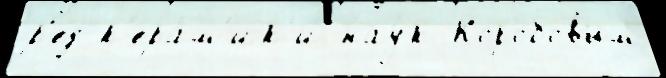
р'ед к'ера́м'ик'и нау́к Коробовым